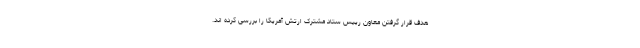
هدف قرار گرفتن معاون رییس ستاد مشترک ارتش آمریکا را بررسی کرده اند.